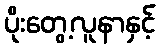
ပိုးတွေ့လူနာနှင့်